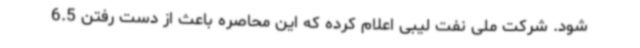
شود. شرکت ملی نفت لیبی اعلام کرده که این محاصره باعث از دست رفتن 6.5